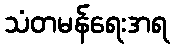
သံတမန်ရေးအရ